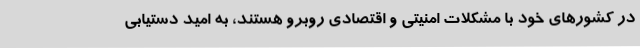
در کشورهای خود با مشکلات امنیتی و اقتصادی روبرو هستند، به امید دستیابی